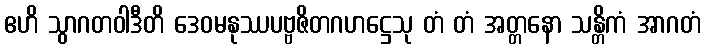
ဧဟိ သွာဂတဝါဒီတိ ဒေဝမနုဿပဗ္ဗဇိတဂဟဋ္ဌေသု တံ တံ အတ္တနော သန္တိကံ အာဂတံ